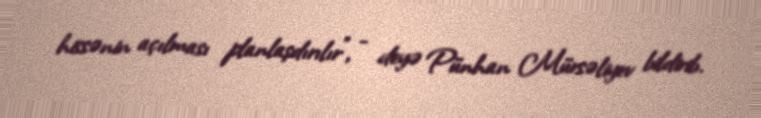
hissənin açılması planlaşdırılır”, - deyə Pünhan Mürsəliyev bildirib.